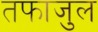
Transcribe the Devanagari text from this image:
तफाजुल